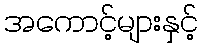
အကောင့်များနှင့်